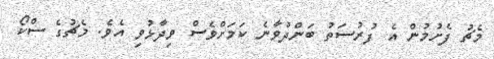
މެޗު ފެށުމުން އެ ފުރުސަތު ބަންދުވާނެ ކަމަށްވެސް ވިދާޅުވި އެވެ. މެޗުގެ ސްކޯ